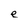
Character: e